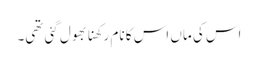
اس کی ماں اس کا نام رکھنا بھول گئی تھی۔